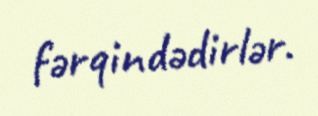
fərqindədirlər.